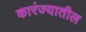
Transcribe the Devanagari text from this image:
कारंज्यातील